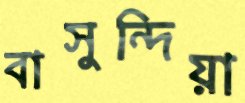
বাসুন্দিয়া